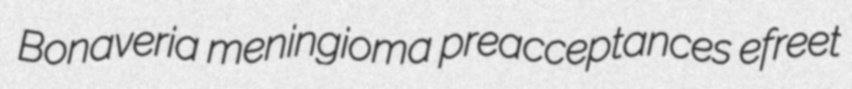
Bonaveria meningioma preacceptances efreet